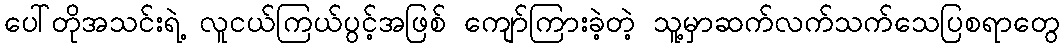
ပေါ်တိုအသင်းရဲ့ လူငယ်ကြယ်ပွင့်အဖြစ် ကျော်ကြားခဲ့တဲ့ သူ့မှာဆက်လက်သက်သေပြစရာတွေ